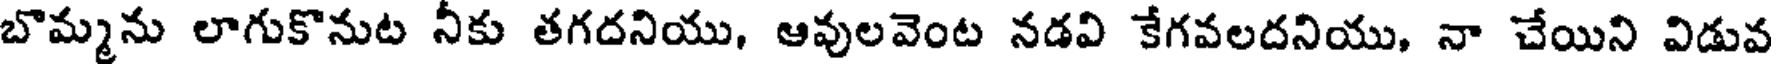
బొమ్మను లాగుకొనుట నీకు తగదనియు, ఆవులవెంట నడవి కేగవలదనియు, నా చేయిని విడువ